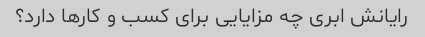
رایانش ابری چه مزایایی برای کسب و کارها دارد؟